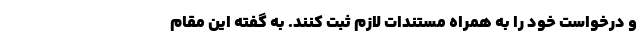
و درخواست خود را به همراه مستندات لازم ثبت کنند. به گفته‌ این مقام